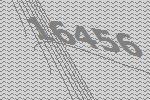
16456